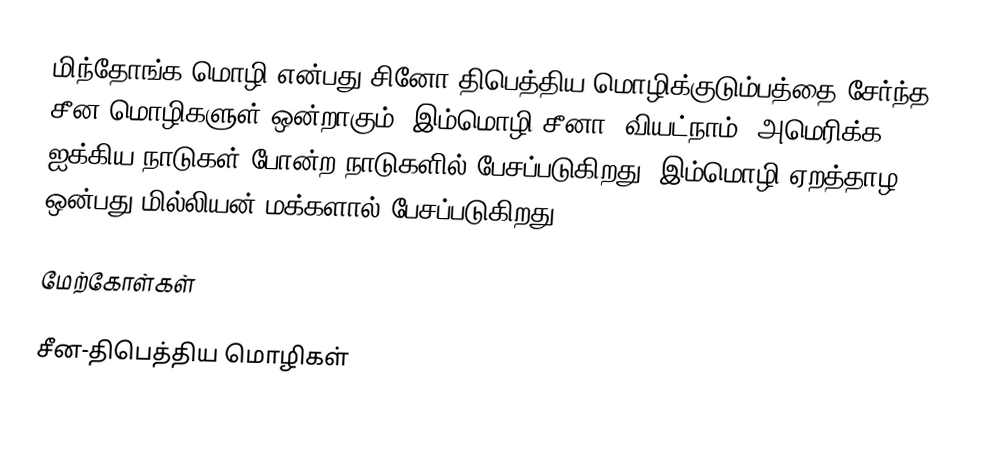
மிந்தோங்க மொழி என்பது சினோ திபெத்திய மொழிக்குடும்பத்தை சேர்ந்த சீன மொழிகளுள் ஒன்றாகும். இம்மொழி சீனா, வியட்நாம், அமெரிக்க ஐக்கிய நாடுகள் போன்ற நாடுகளில் பேசப்படுகிறது. இம்மொழி ஏறத்தாழ ஒன்பது மில்லியன் மக்களால் பேசப்படுகிறது.

மேற்கோள்கள்

சீன-திபெத்திய மொழிகள்